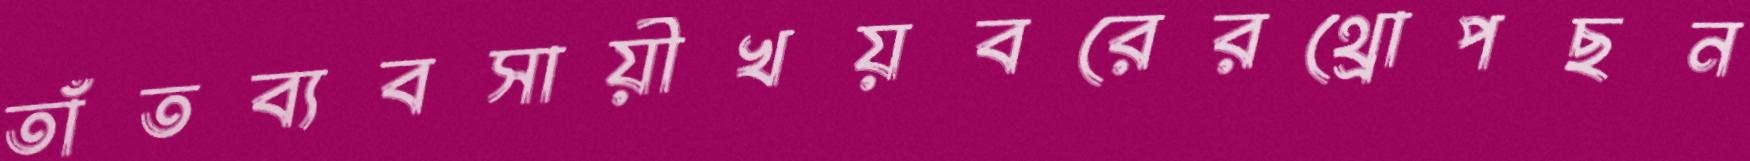
তাঁতব্যবসায়ীখয়বরেরথ্রোপছন